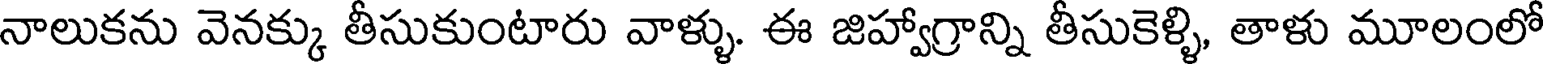
నాలుకను వెనక్కు తీసుకుంటారు వాళ్ళు. ఈ జిహ్వాగ్రాన్ని తీసుకెళ్ళి, తాళు మూలంలో